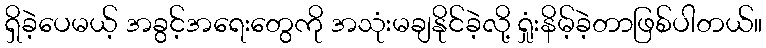
ရှိခဲ့ပေမယ့် အခွင့်အရေးတွေကို အသုံးမချနိုင်ခဲ့လို့ ရှုံးနိမ့်ခဲ့တာဖြစ်ပါတယ်။